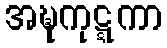
အဍ္ဎကုဋ္ဋကာ